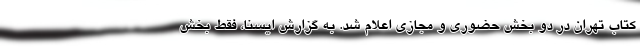
کتاب تهران در دو بخش حضوری و مجازی اعلام شد. به گزارش ایسنا، فقط بخش